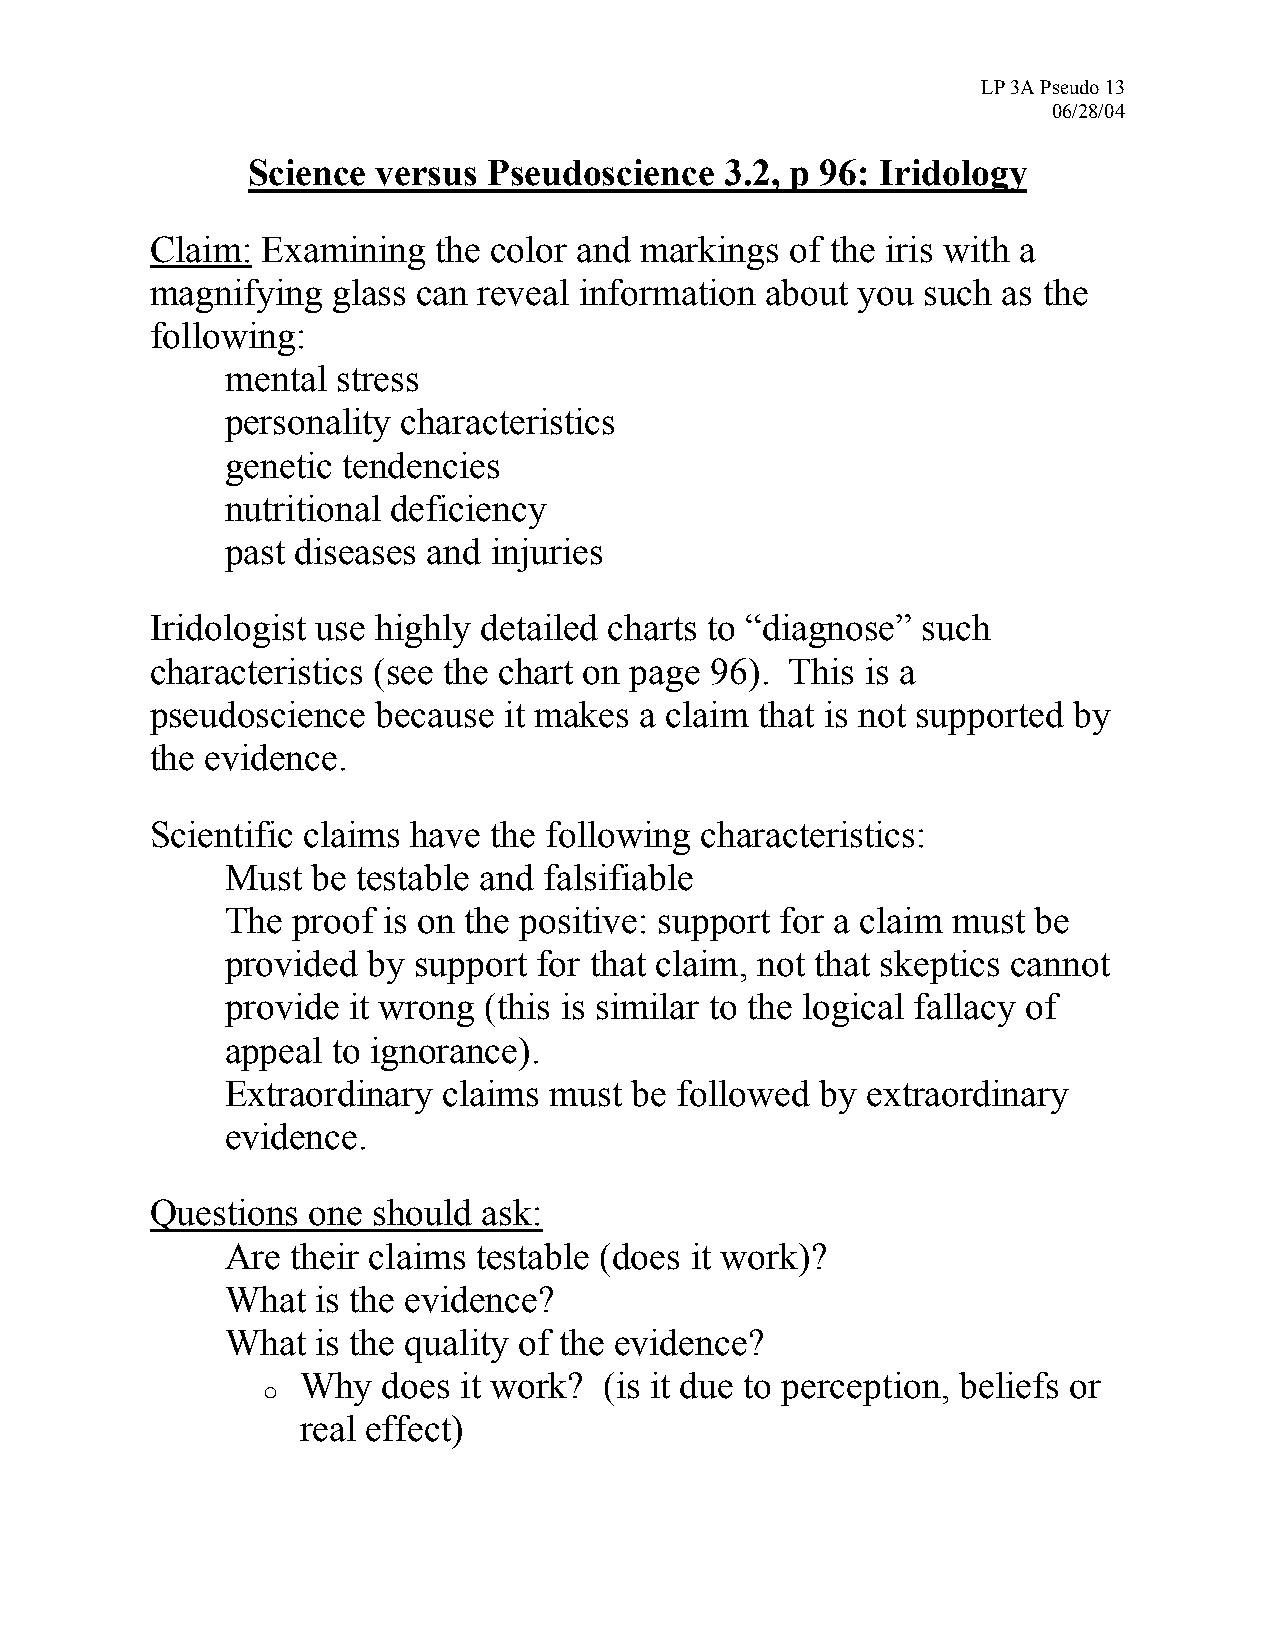
LP 3A Pseudo 13
 06/28/04
 Science  versus Pseudoscience   3.2, p 96: Iridology
 Claim: Examining   the color and markings of the iris with a
 magnifying  glass can reveal information about you such as the
 following:
 •  mental stress
 •  personality characteristics
 •  genetic tendencies
 •  nutritional deficiency
 •  past diseases and injuries
 Iridologist use highly detailed charts to “diagnose” such
 characteristics (see the chart on page 96). This is a
 pseudoscience  because it makes a claim that is not supported by
 the evidence.
 Scientific claims have the following characteristics:
 •  Must  be testable and falsifiable
 •  The proof is on the positive: support for a claim must be
 provided by support  for that claim, not that skeptics cannot
 provide it wrong (this is similar to the logical fallacy of
 appeal to ignorance).
 •  Extraordinary claims must  be followed by extraordinary
 evidence.
 Questions one  should ask:
 •  Are their claims testable (does it work)?
 •  What  is the evidence?
 •  What  is the quality of the evidence?
 Why  does it work?  (is it due to perception, beliefs or
 o
 real effect)